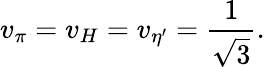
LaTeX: v_{\pi}=v_{H}=v_{\eta^{\prime}}={\frac{1}{\sqrt{3}}}.